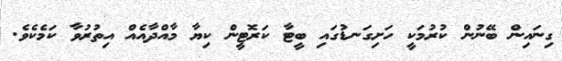
ގިނައިން ބޭނުން ކުރުމަކީ ހަށިގަނޑުގައި ބީޓާ ކަރޮޓީން ކިޔާ މާއްދާއެއް އިތުރުވާ ކަމެކެވެ.